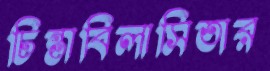
চিন্তাবিলাসিতার